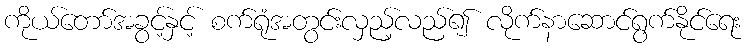
ကိုယ်တော်အခွင့်နှင့် စက်ရုံအတွင်းလှည့်လည်၍ လိုက်နာဆောင်ရွက်နိုင်ရေး